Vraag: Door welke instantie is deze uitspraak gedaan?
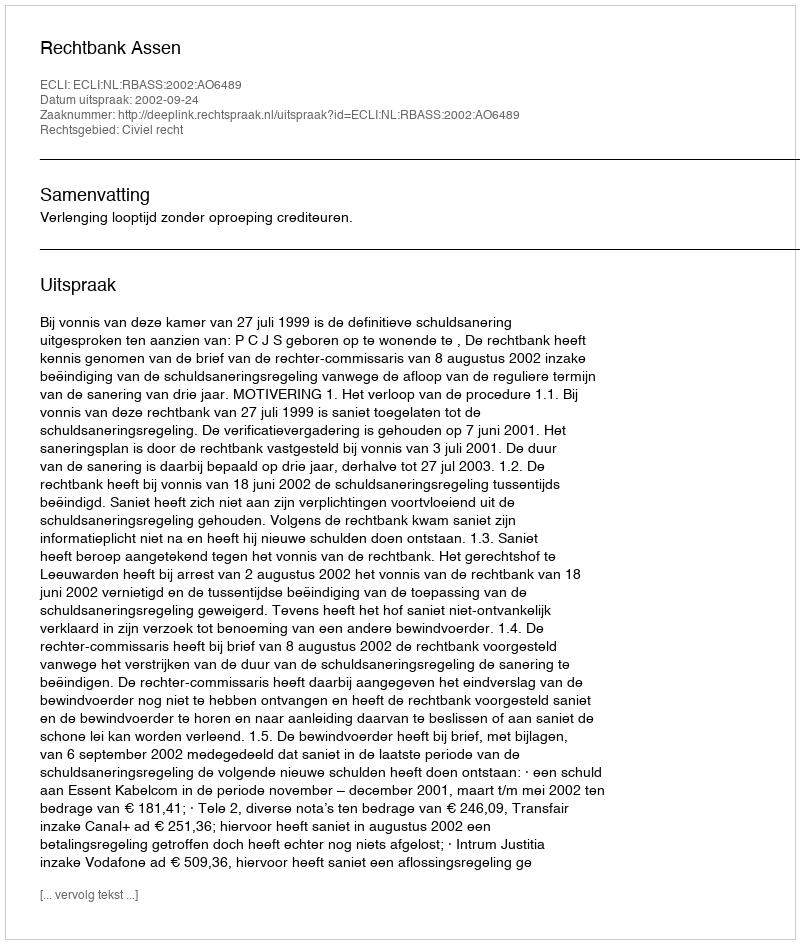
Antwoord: Rechtbank Assen